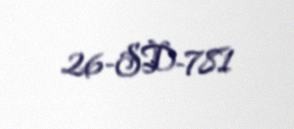
26-SD-781